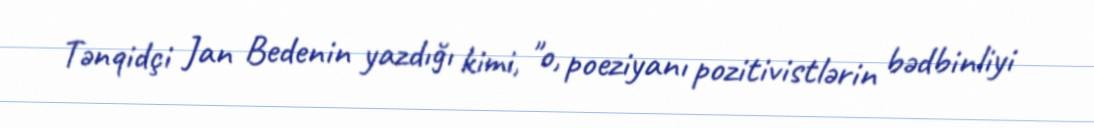
Tənqidçi Jan Bedenin yazdığı kimi, "o, poeziyanı pozitivistlərin bədbinliyi